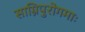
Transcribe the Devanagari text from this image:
साग्निपुरोगमाः